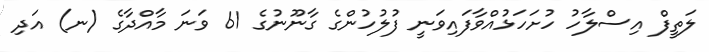
ލަތީފް އިސްލާހު ހުށަހަޅުއްވާފައިވަނީ ފުލުހުންގެ ގާނޫނުގެ 61 ވަނަ މާއްދާގެ (ނ) އަދި